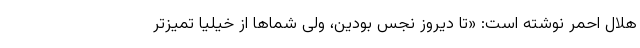
هلال احمر نوشته است: «تا دیروز نجس بودین، ولی شماها از خیلیا تمیزتر